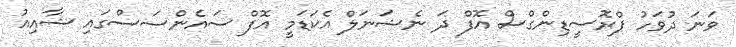
ވަނަ ދުވަހު ޕްރޮސީޑިންގްސް އޮފް ދަ ނެޝަނަލް އެކަޑަމީ އޮފް ސައެންސަސްގައި ޝާއިއު